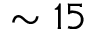
\sim 1 5